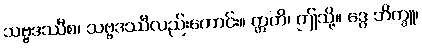
သဗ္ဗဒဿီစ၊ သဗ္ဗဒဿီလည်းကောင်း။ ဣတိ၊ ဤသို့။ ဒွေ ဘိက္ခူ၊